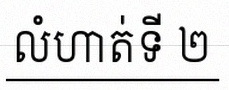
លំហាត់ទី ២